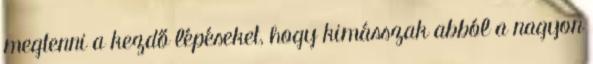
megtenni a kezdő lépéseket, hogy kimásszak abból a nagyon